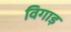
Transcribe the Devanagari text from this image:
विगाड़